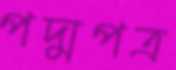
পদ্মপত্র